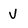
Character: V